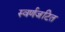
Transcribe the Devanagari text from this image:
स्वर्णजटित